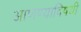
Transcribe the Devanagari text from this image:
आणण्याविषयी